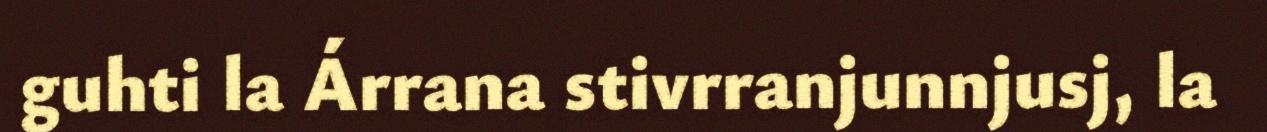
guhti la Árrana stivrranjunnjusj, la